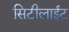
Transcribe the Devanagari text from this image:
सिटीलाईट